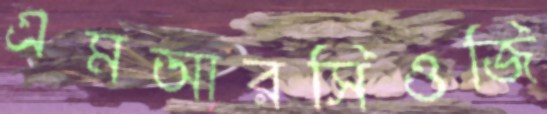
এমআরসিওজি